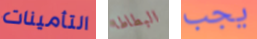
التأمينات البطاطا يجب